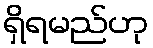
ရှိရမည်ဟု